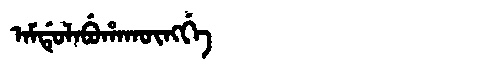
Manchu: ᠠᠮᡩᡠᠯᠠᠪᡠᡥᠠᡴᡡᠩᡤᡝ
Romanization: AMDULABUHAKŪNGGE